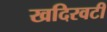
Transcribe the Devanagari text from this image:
खदिरवटी